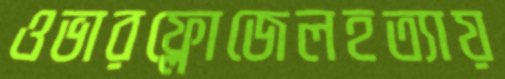
ওভারফ্লোজেলহত্যায়